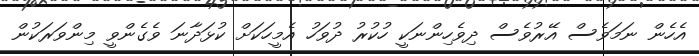
އެހެން ނަމަވެސް އޭރުވެސް ދިވެހިންނަކީ ހުކުރު ދުވަހު އެމީހަކަށް ކުޅަދާނަ ވެގެންވީ މިންވަރަކުން